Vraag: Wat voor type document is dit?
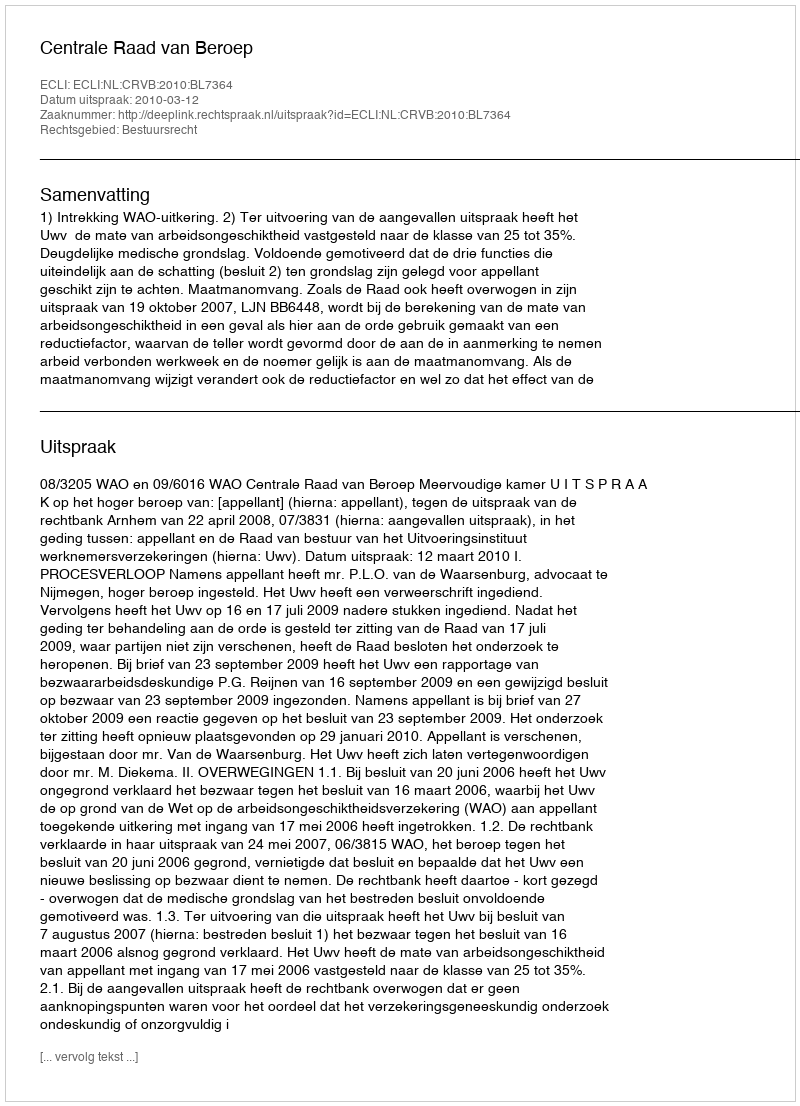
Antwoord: Uitspraak